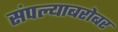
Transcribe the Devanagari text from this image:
संपल्याबरोबर